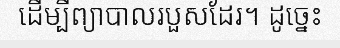
ដើម្បីព្យាបាលរបួសដែរ។ ដូច្នេះ